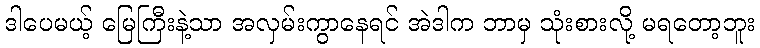
ဒါပေမယ့် မြေကြီးနဲ့သာ အလှမ်းကွာနေရင် အဲဒါက ဘာမှ သုံးစားလို့ မရတော့ဘူး